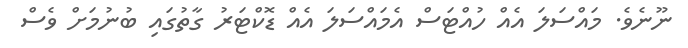
ނޫނެވެ. މައްސަލަ އެއް ހުއްޓަސް އެމައްސަލަ އެއް ޑޮކްޓަރު ގާތުގައި ބުނުމަށް ވެސް